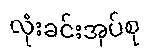
လုံးခင်းအုပ်စု